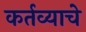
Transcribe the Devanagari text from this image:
कर्तव्याचे